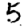
Digit: 5